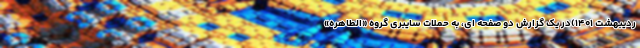
ردیبهشت ۱۴۰۱)در یک گزارش دو صفحه ای، به حملات سایبری گروه «الطاهره»